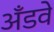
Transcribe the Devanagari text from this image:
अँडवे